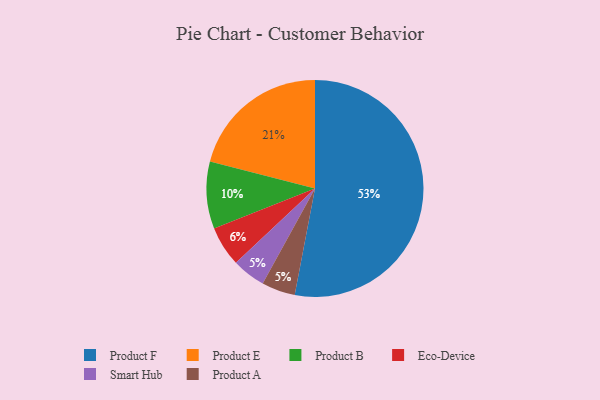
{"axis": {"x": "Category", "y": "Percentage"}, "legend": ["Eco-Device", "Product A", "Product B", "Product E", "Product F", "Smart Hub"], "data": [{"x": "Product F", "y": 53, "type": "Product F"}, {"x": "Smart Hub", "y": 5, "type": "Smart Hub"}, {"x": "Eco-Device", "y": 6, "type": "Eco-Device"}, {"x": "Product A", "y": 5, "type": "Product A"}, {"x": "Product E", "y": 21, "type": "Product E"}, {"x": "Product B", "y": 10, "type": "Product B"}]}